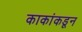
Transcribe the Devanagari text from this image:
काकांकडून